Plague in India, 1896, 1897 - Volume 1
Year: 1896
Disease focus: Plague
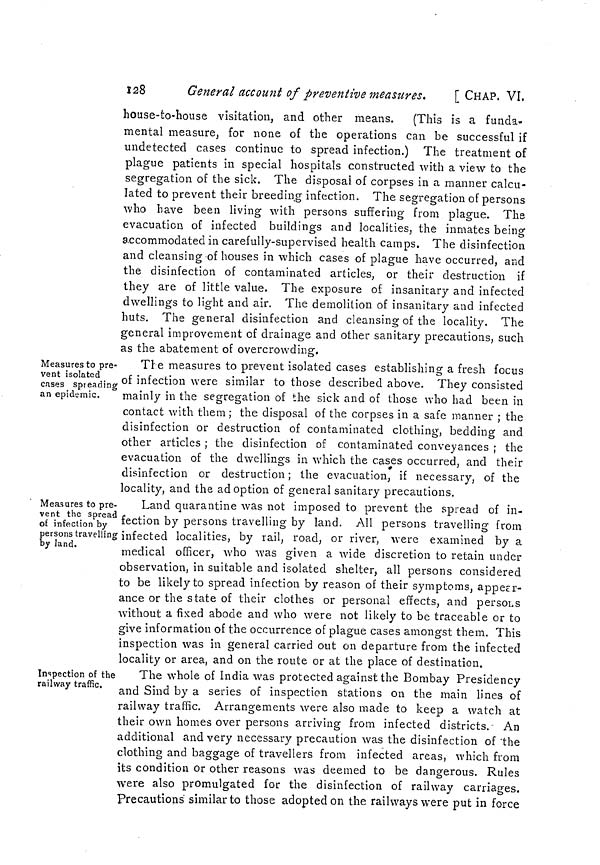
128
General account of preventive measures.
[ CHAP. VI,
house-to-house visitation, and other means.
(This is a funda-
mental measure, for none of the operations can be successful if
undetected cases continue to spread infection.) The treatment of
plague patients in special hospitals constructed with a view to the
segregation of the sick. The disposai of corpses in a manner calcu-
lated to prevent their breeding infection. The segregation of persons
who have been living with persons suffering from plague. The
evacuation of infected buildings and localities, the inmates being
accommodated in carefully-supervised health camps. The disinfection
and cleansing of houses in which cases of plague have occurred, and
the disinfection of contaminated articles, or their destruction if
they are of little value. The exposure of insanitary and infected
dwellings to light and air. The demolition of insanitary and infected
huts. The general disinfection and cleansing of the locality. The
general improvement of drainage and other sanitary precautions, such
as the abatement of overcrowding.
Measures to pre-
vent isolated
cases spreading
an epidemic.
The measures to prevent isolated cases establishing a fresh focus
of infection were similar to those described above. They consisted
mainly in the segregation of the sick and of those who had been in
contact with them; the disposal of the corpses in a safe manner ; the
disinfection or destruction of contaminated clothing, bedding and
other articles ; the disinfection of contaminated conveyances ; the
evacuation of the dwellings in which the cases occurred, and their
disinfection or destruction ; the evacuation, if necessary, of the
locality, and the adoption of general sanitary precautions.
Measures to pre-
vent the spread
of infection by
persons travelling
by land.
Land quarantine was not imposed to prevent the spread of in-
fection by persons travelling by land. All persons travelling from
: infected localities, by rail, road, or river, were examined by a
medical officer, who was given a wide discretion to retain under
observation, in suitable and isolated shelter, all persons considered
to be likely to spread infection by reason of their symptoms, appear-
ance or the state of their clothes or personal effects, and persobs
without a fixed abode and who were not likely to be traceable or to
give information of the occurrence of plague cases amongst them. This
inspection was in general carried out on departure from the infected
locality or area, and on the route or at the place of destination.
Inspection of the
railway traffic.
The whole of India was protected against the Bombay Presidency
and Sind by a series of inspection stations on the main lines of
railway traffic. Arrangements were also made to keep a watch at
their own homes over persons arriving from infected districts. An
additional and very necessary precaution was the disinfection of the
clothing and baggage of travellers from infected areas, which from
its condition or other reasons was deemed to be dangerous. Rules
were also promulgated for the disinfection of railway carriages.
Precautions similar to those adopted on the railways were put in force